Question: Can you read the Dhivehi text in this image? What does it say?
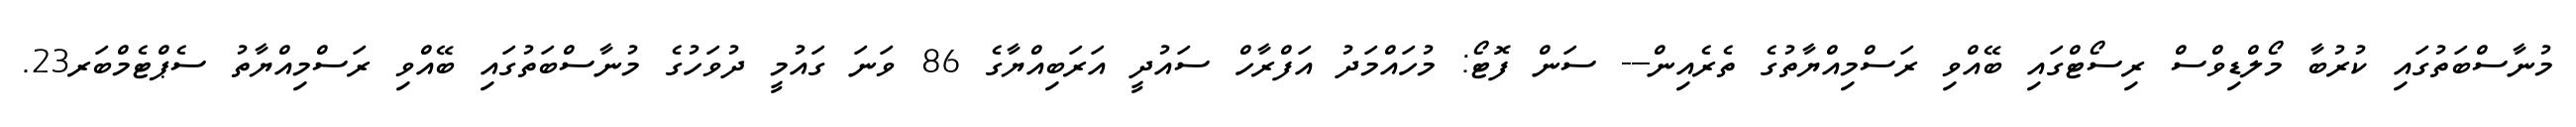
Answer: މުނާސްބަތުގައި ކުރުބާ މޯލްޑިވްސް ރިސޯޓްގައި ބޭއްވި ރަސްމިއްޔާތުގެ ތެރެއިން--- ސަން ފޮޓޯ: މުހައްމަދު އަފްރާހް ސައުދީ އަރަބިއްޔާގެ 86 ވަނަ ގައުމީ ދުވަހުގެ މުނާސްބަތުގައި ބޭއްވި ރަސްމިއްޔާތު ސެޕްޓެމްބަރ23.